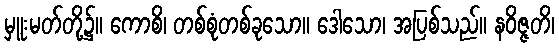
မှူးမတ်တို့၌။ ကောစိ၊ တစ်စုံတစ်ခုသော။ ဒေါသော၊ အပြစ်သည်။ နဝိဇ္ဇတိ၊